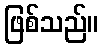
ဖြစ်သည်။